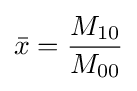
{\bar {x}}={\frac {M_{10}}{M_{00}}}